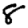
Digit: 8